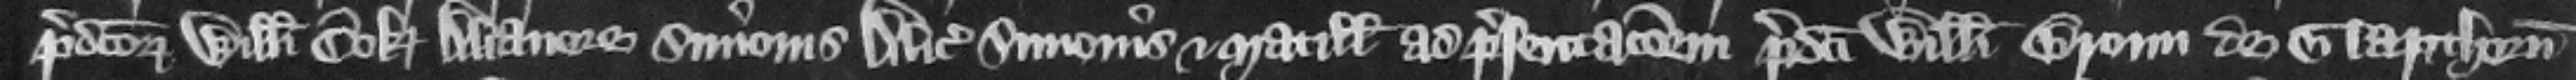
predictorum Willelmi Cok Alianore Simonis Alicie Simonis et Matillidis ad presentacionem predicti Willelmi Broun de Glapthorn